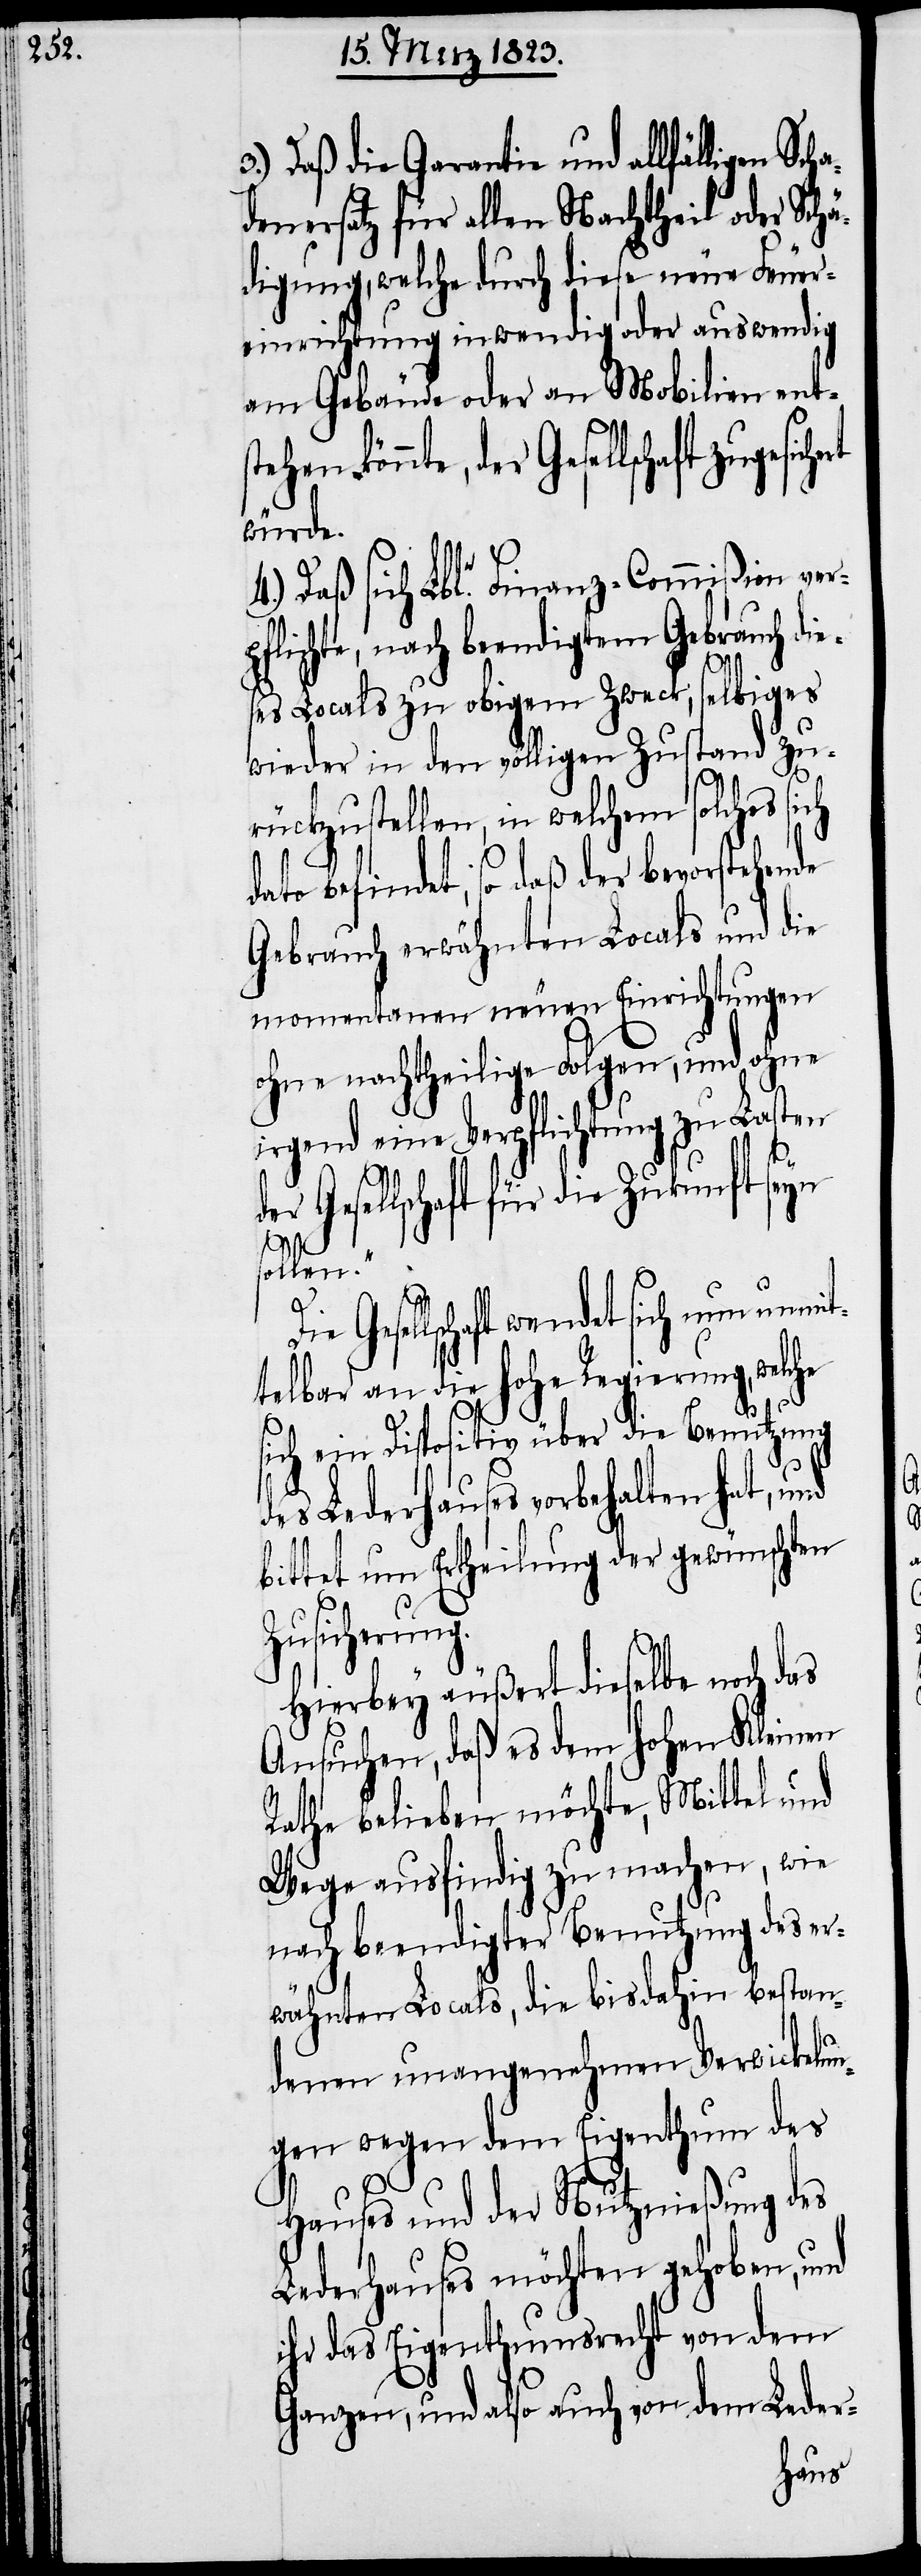
3.) Daß die Garantie und allfälligen Scha¬
denersatz für allen Nachtheil oder Schä¬
digung, welche durch diese neue Feuer¬
einrichtung inwendig oder auswendig
am Gebäude oder an Mobilien ent¬
der Gesellschaft zugesich¬
würde.
Daß sich Lble. Finanz-Commißion ver¬
pflichte, nach beendigtem Gebrauch die¬
ses Locals zu obigem Zweck, selbiges
wieder in den völligen Zustand zu¬
rückzustellen, in welchem solches sich
befindet, so daß der bevorstehen¬
Gebrauch erwähnten Locals und die
momentanen neuen Einrichtungen
ohne nachtheilige Folgen, und ohne
irgend eine Verpflichtung zu Lasten
Gesellschaft für die Zukunft seyn
solle¬
Gesellschaft wendet sich nun unmit¬
telbar an die hohe Regierung, welche
nd
de
sich ein Dispositiv über die Benutzung
Lederhauses vorbehalten hat, u¬
bittet um Ertheilung der gewünschten
Zusicherung.
Hierbey äußert dieselbe noch das
Ansuchen, daß es dem hohen Kleinen
Rathe belieben möchte, Mittel und
Wege ausfindig zu machen, wie
nach beendigter Benutzung des er¬
wähnten Locals, die bisdahin bestan¬
denen unangenehmen Verwickelun¬
gen wegen dem Eigenthum des
Hauses und der Nutznießung des
Lederhauses möchten gehoben, und
ihre das Eigenthumsrecht von dem
Ganzen, und also auch von dem Leder-